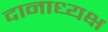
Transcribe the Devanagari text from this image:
दानाध्यक्ष